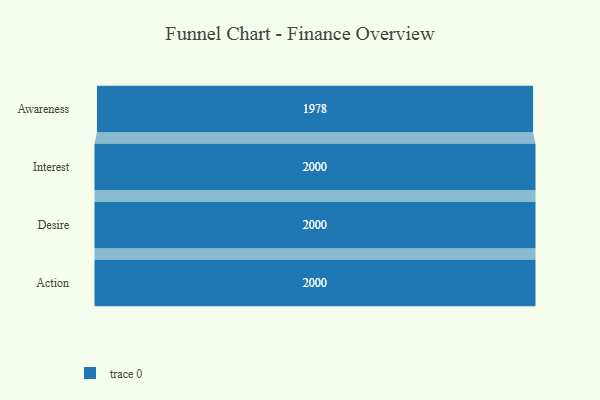
{"axis": {"x": "Stage", "y": "Value"}, "legend": [""], "data": [{"x": "Awareness", "y": 1978.0, "type": ""}, {"x": "Interest", "y": 2000, "type": ""}, {"x": "Desire", "y": 2000, "type": ""}, {"x": "Action", "y": 2000, "type": ""}]}